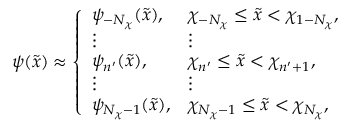
\psi ( \tilde { x } ) \approx \left\{ \begin{array} { l l } { \psi _ { { - } N _ { \chi } } ( \tilde { x } ) , } & { \chi _ { { - } N _ { \chi } } \leq \tilde { x } < \chi _ { 1 { - } N _ { \chi } } , } \\ { \vdots } & { \vdots } \\ { \psi _ { n ^ { \prime } } ( \tilde { x } ) , } & { \chi _ { n ^ { \prime } } \leq \tilde { x } < \chi _ { n ^ { \prime } + 1 } , } \\ { \vdots } & { \vdots } \\ { \psi _ { N _ { \chi } { - } 1 } ( \tilde { x } ) , } & { \chi _ { N _ { \chi } { - } 1 } \leq \tilde { x } < \chi _ { N _ { \chi } } , } \end{array} \right.